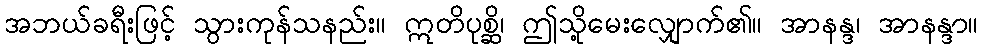
အဘယ်ခရီးဖြင့် သွားကုန်သနည်း။ ဣတိပုစ္ဆိ၊ ဤသို့မေးလျှောက်၏။ အာနန္ဒ၊ အာနန္ဒာ။